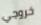
خروجي